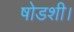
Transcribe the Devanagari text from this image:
षोडशी।